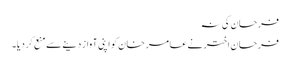
فرحان کی نہ
فرحان اختر نے عامر خان کو اپنی آواز دینے سے منع کر دیا۔